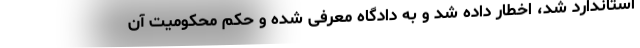
استاندارد شد، اخطار داده شد و به دادگاه معرفی شده و حکم محکومیت آن